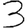
Digit: 3